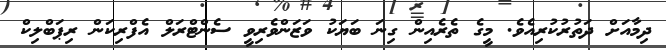
ދިމާއަށް ދަތުރުކުރިއެވެ. މީގެ ތެރެއިން ގިނަ ބަޔަކު ވަޒަންވެރިވީ ސެންޓްރަލް އެފްރިކަން ރިޕަބްލިކް